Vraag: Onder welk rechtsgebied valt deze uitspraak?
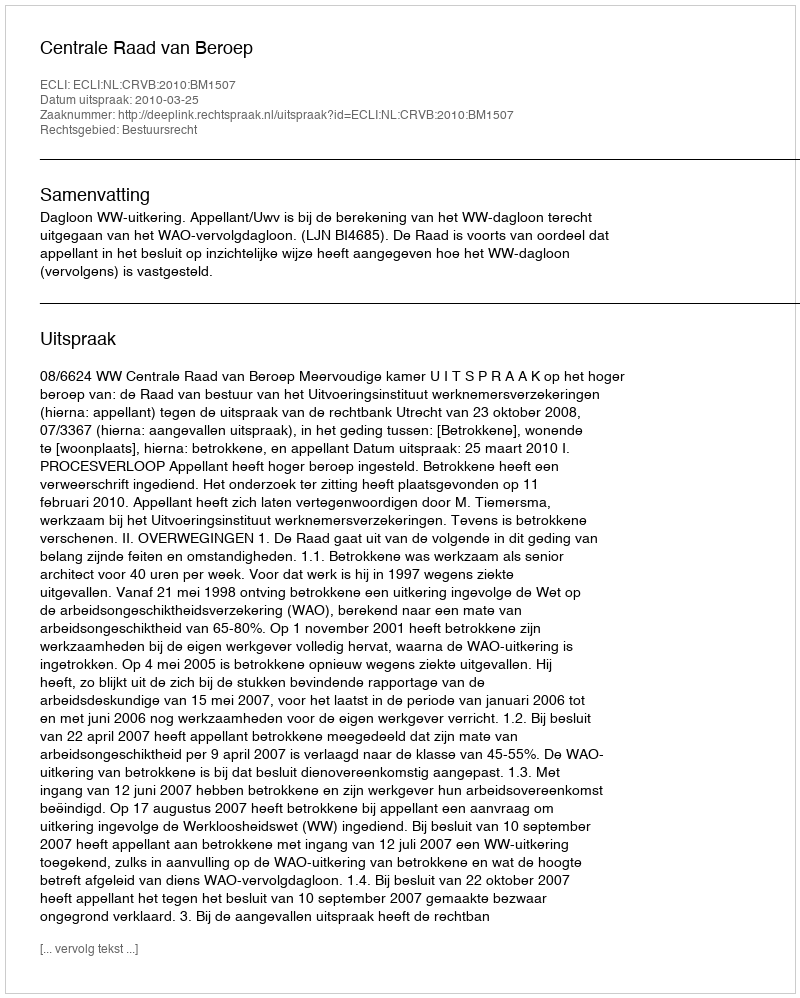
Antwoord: Bestuursrecht